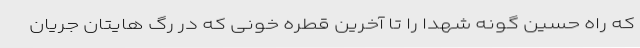
که راه حسین گونه شهدا را تا آخرین قطره خونی که در رگ هایتان جریان